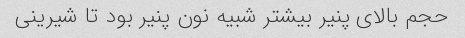
حجم بالای پنیر بیشتر شبیه نون پنیر بود تا شیرینی